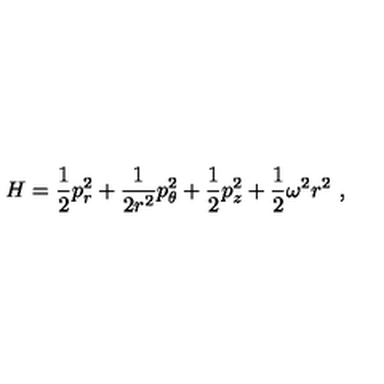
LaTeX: H = \frac { 1 } { 2 } p _ { r } ^ { 2 } + \frac { 1 } { 2 r ^ { 2 } } p _ { \theta } ^ { 2 } + \frac { 1 } { 2 } p _ { z } ^ { 2 } + \frac { 1 } { 2 } \omega ^ { 2 } r ^ { 2 } \ ,